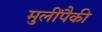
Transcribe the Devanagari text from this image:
मुलींपैकी